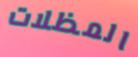
المظلات